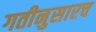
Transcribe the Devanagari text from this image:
गतीनुसारच